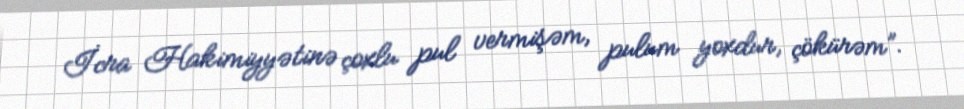
İcra Hakimiyyətinə çoxlu pul vermişəm, pulum yoxdur, çökürəm”.